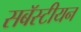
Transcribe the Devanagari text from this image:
सबॅस्टीयन